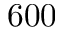
6 0 0